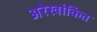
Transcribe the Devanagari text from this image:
अरेखांकित